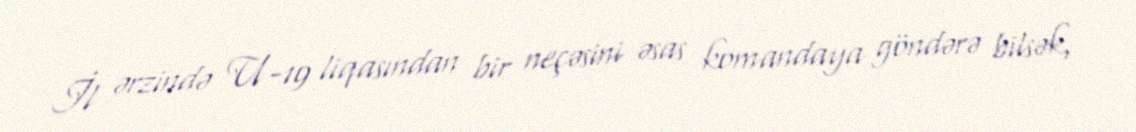
İl ərzində U-19 liqasından bir neçəsini əsas komandaya göndərə bilsək,